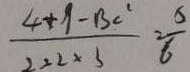
\frac { 4 + 9 - B c ^ { 2 } } { 2 \times 2 \times 3 } = \frac { 5 } { 6 }